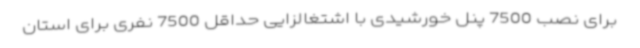
برای نصب 7500 پنل خورشیدی با اشتغالزایی حداقل 7500 نفری برای استان